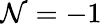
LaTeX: \mathcal{N}=-1